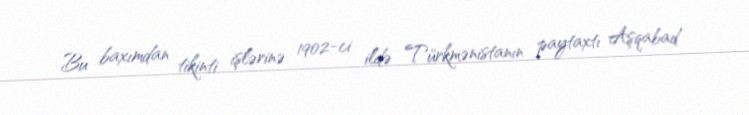
Bu baxımdan tikinti işlərinə 1902-ci ildə Türkmənistanın paytaxtı Aşqabad